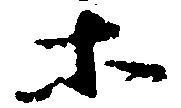
等